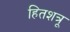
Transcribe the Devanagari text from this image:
हितशत्रू